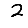
Digit: 2